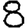
Digit: 8